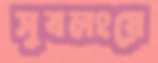
সুবলংয়ে